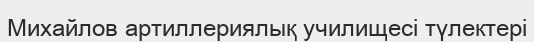
Михайлов артиллериялық училищесі түлектері